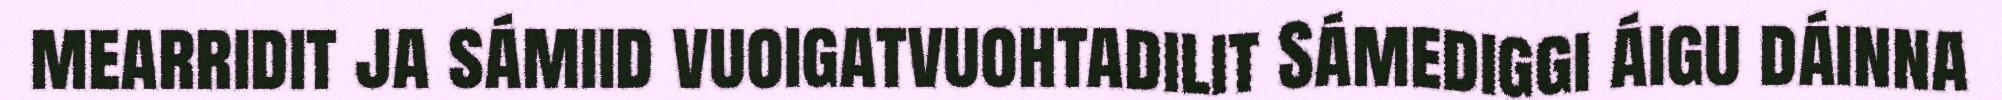
mearridit ja sámiid vuoigatvuohtadilit Sámediggi áigu dáinna